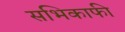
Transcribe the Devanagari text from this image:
सभिकाफी